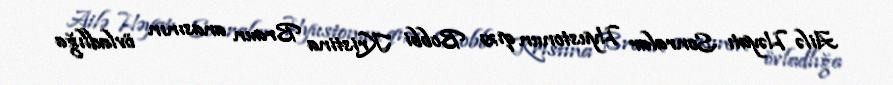
Ailə Həyatı Sonralar Hyustonun qızı Bobbi Kristina Braun anasının övladlığa